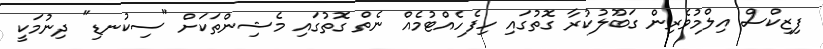
ފިޒިކްސް އިލްމުވެރިން ގަބޫލުކުރާ ގޮތުގައި ހިފެހެއްޓުމެއް ނެތް ގޮތުގައި މެޝިންތަކަށް "ސިކުނޑި" ދިނުމަކީ